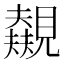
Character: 𬢃